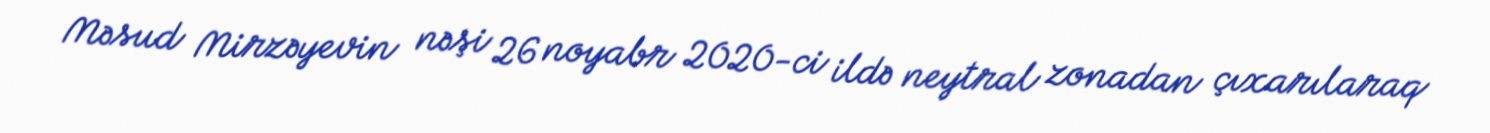
Məsud Mirzəyevin nəşi 26 noyabr 2020-ci ildə neytral zonadan çıxarılaraq